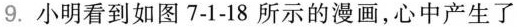
9.小明看到如图7-1-18所示的漫画，心中产生了